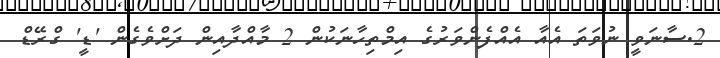
2.ސާނަވީ ނުވަތަ އެއާ އެއްފެންވަރުގެ އިމްތިހާނަކުން 2 މާއްދާއިން ދަށްވެގެން 'ޑީ' ގްރޭޑް